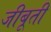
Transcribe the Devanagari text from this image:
जीबूती